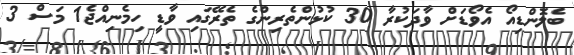
ބެލޮންޑިއޯ އެވޯޑަށް ވާދަކުރާ 30 ކުޅުންތެރިންގެ ތެރޭގައި ވާޑީ ހިމެނިއްޖެ1 މަސް 3